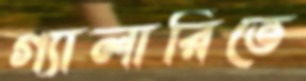
গ্যালারিতে